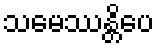
သမေဿန္တိပေ